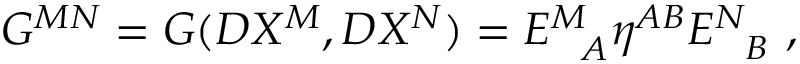
G ^ { M N } = G ( D X ^ { M } , D X ^ { N } ) = E _ { ~ ~ A } ^ { M ~ } \eta ^ { A B } E _ { ~ ~ B } ^ { N } ~ ,